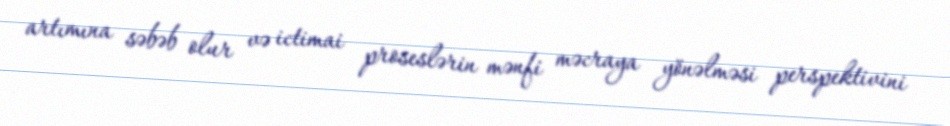
artımına səbəb olur və ictimai proseslərin mənfi məcraya yönəlməsi perspektivini